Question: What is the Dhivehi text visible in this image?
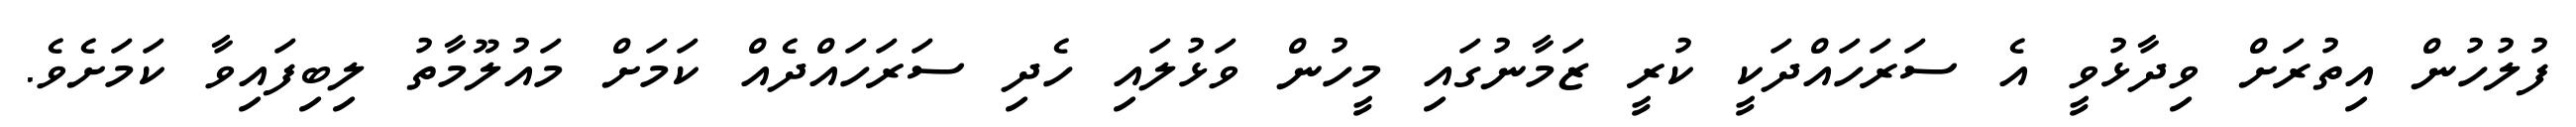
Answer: ފުލުހުން އިތުރަށް ވިދާޅުވީ އެ ސަރަހައްދަކީ ކުރީ ޒަމާނުގައި މީހުން ވަޅުލައި ހެދި ސަރަހައްދެއް ކަމަށް މައުލޫމާތު ލިބިފައިވާ ކަމަށެވެ.